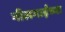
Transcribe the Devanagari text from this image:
नीलगाईंच्या